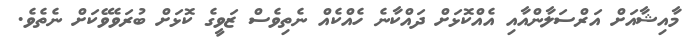
މާއިޝާއަށް އަރްސަލާންއާއި އެއްކޮޅަށް ދައްކާނެ ހެއްކެއް ނެތިވެސް ޒަވީގެ ކޮޅަށް ބުރަވެވޭކަށް ނެތެވެ.